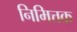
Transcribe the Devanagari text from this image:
निमित्तक